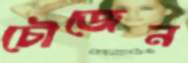
চৌজেন